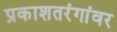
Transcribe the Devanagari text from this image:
प्रकाशतरंगांवर